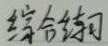
综合练习